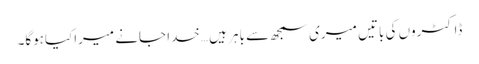
ڈاکٹروں کی باتیں میری سمجھ سے باہر ہیں …خدا جانے میراکیاہوگا۔